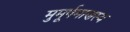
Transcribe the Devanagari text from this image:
मुमूर्षमाणस्य